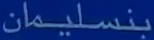
بنسليمان